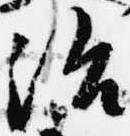
治